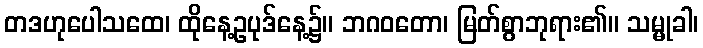
တဒဟုပေါသထေ၊ ထိုနေ့ဥပုဒ်နေ့၌။ ဘဂဝတော၊ မြတ်စွာဘုရား၏။ သမ္မုခါ၊